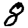
Digit: 8